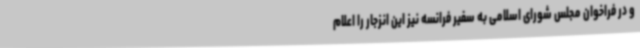
و در فراخوان مجلس شورای اسلامی به سفیر فرانسه نیز این انزجار را اعلام